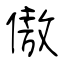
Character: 傲